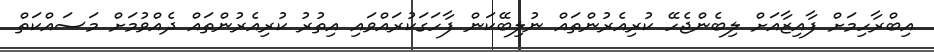
އިބްރާހިމަށް ފާއިޒާއަށް ލިބެންޖެހޭ ކުރިއެރުންތައް ނުލިބޭކަން ފާހަގަކުރައްވައި އިތުރު ކުރިއެރުންތައް ދެއްވުމަށް މަސައްކަތް